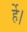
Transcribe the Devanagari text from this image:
र्हे।